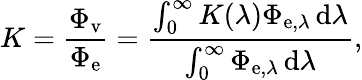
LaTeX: K={\frac{\Phi_{\mathrm{v}}}{\Phi_{\mathrm{e}}}}={\frac{\int_{0}^{\infty}K(\lambda)\Phi_{\mathrm{e},\lambda}\, \mathrm{d}\lambda}{\int_{0}^{\infty}\Phi_{\mathrm{e},\lambda}\, \mathrm{d}\lambda}},